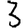
Digit: 3